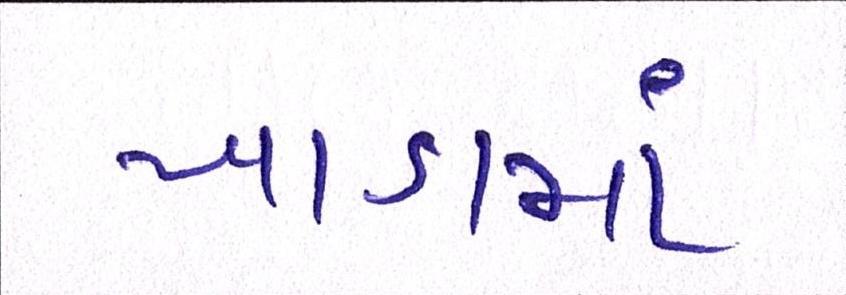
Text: ખાડામાં